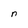
Character: n